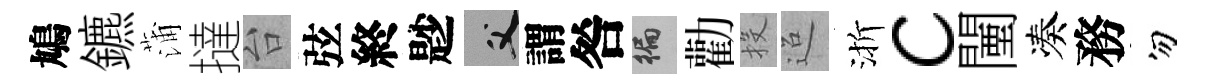
鳩鑣蒲撻台弦終尟父謂咎徧勸投迢渐c闉凑務勿